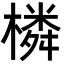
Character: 橉